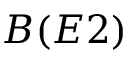
B ( E 2 )